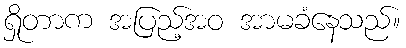
ရှိုတာက အပြည့်အဝ အာမခံနေသည်။